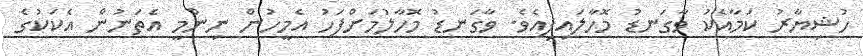
ހުޝިޔާރު ކަމާއެކު ވާގަނޑު މޮހާލައިފިއެވެ. ވާގަނޑު މޮހާލުމަށްފަހު އެމީހުން ނިންމީ އެތަނުން އެކަކުގެ